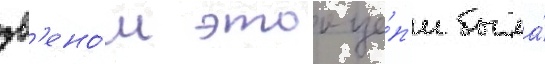
зв'ено́м этои це́п'и была́